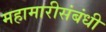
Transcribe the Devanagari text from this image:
महामारीसंबंधी